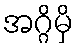
အဂ္ဂိမှိ